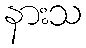
နားသ